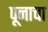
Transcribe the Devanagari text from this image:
पूनाचा